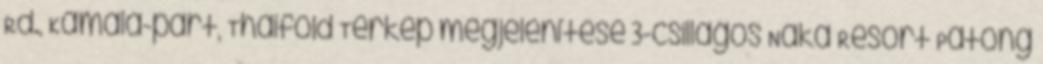
Rd., Kamala-part, Thaiföld Térkép megjelenítése 3-csillagos Naka Resort Patong